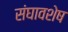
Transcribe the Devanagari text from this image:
संघावशेष